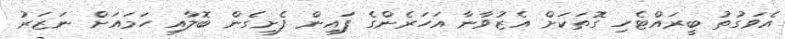
އެވަގުތު ބީރައްޓެހި ގޮތަކަށް އެޒުވާނާ އަހަރެންގެ ފައިން ފެށިގެން ބޮލާއި ހަމައަށް ނަޒަރު